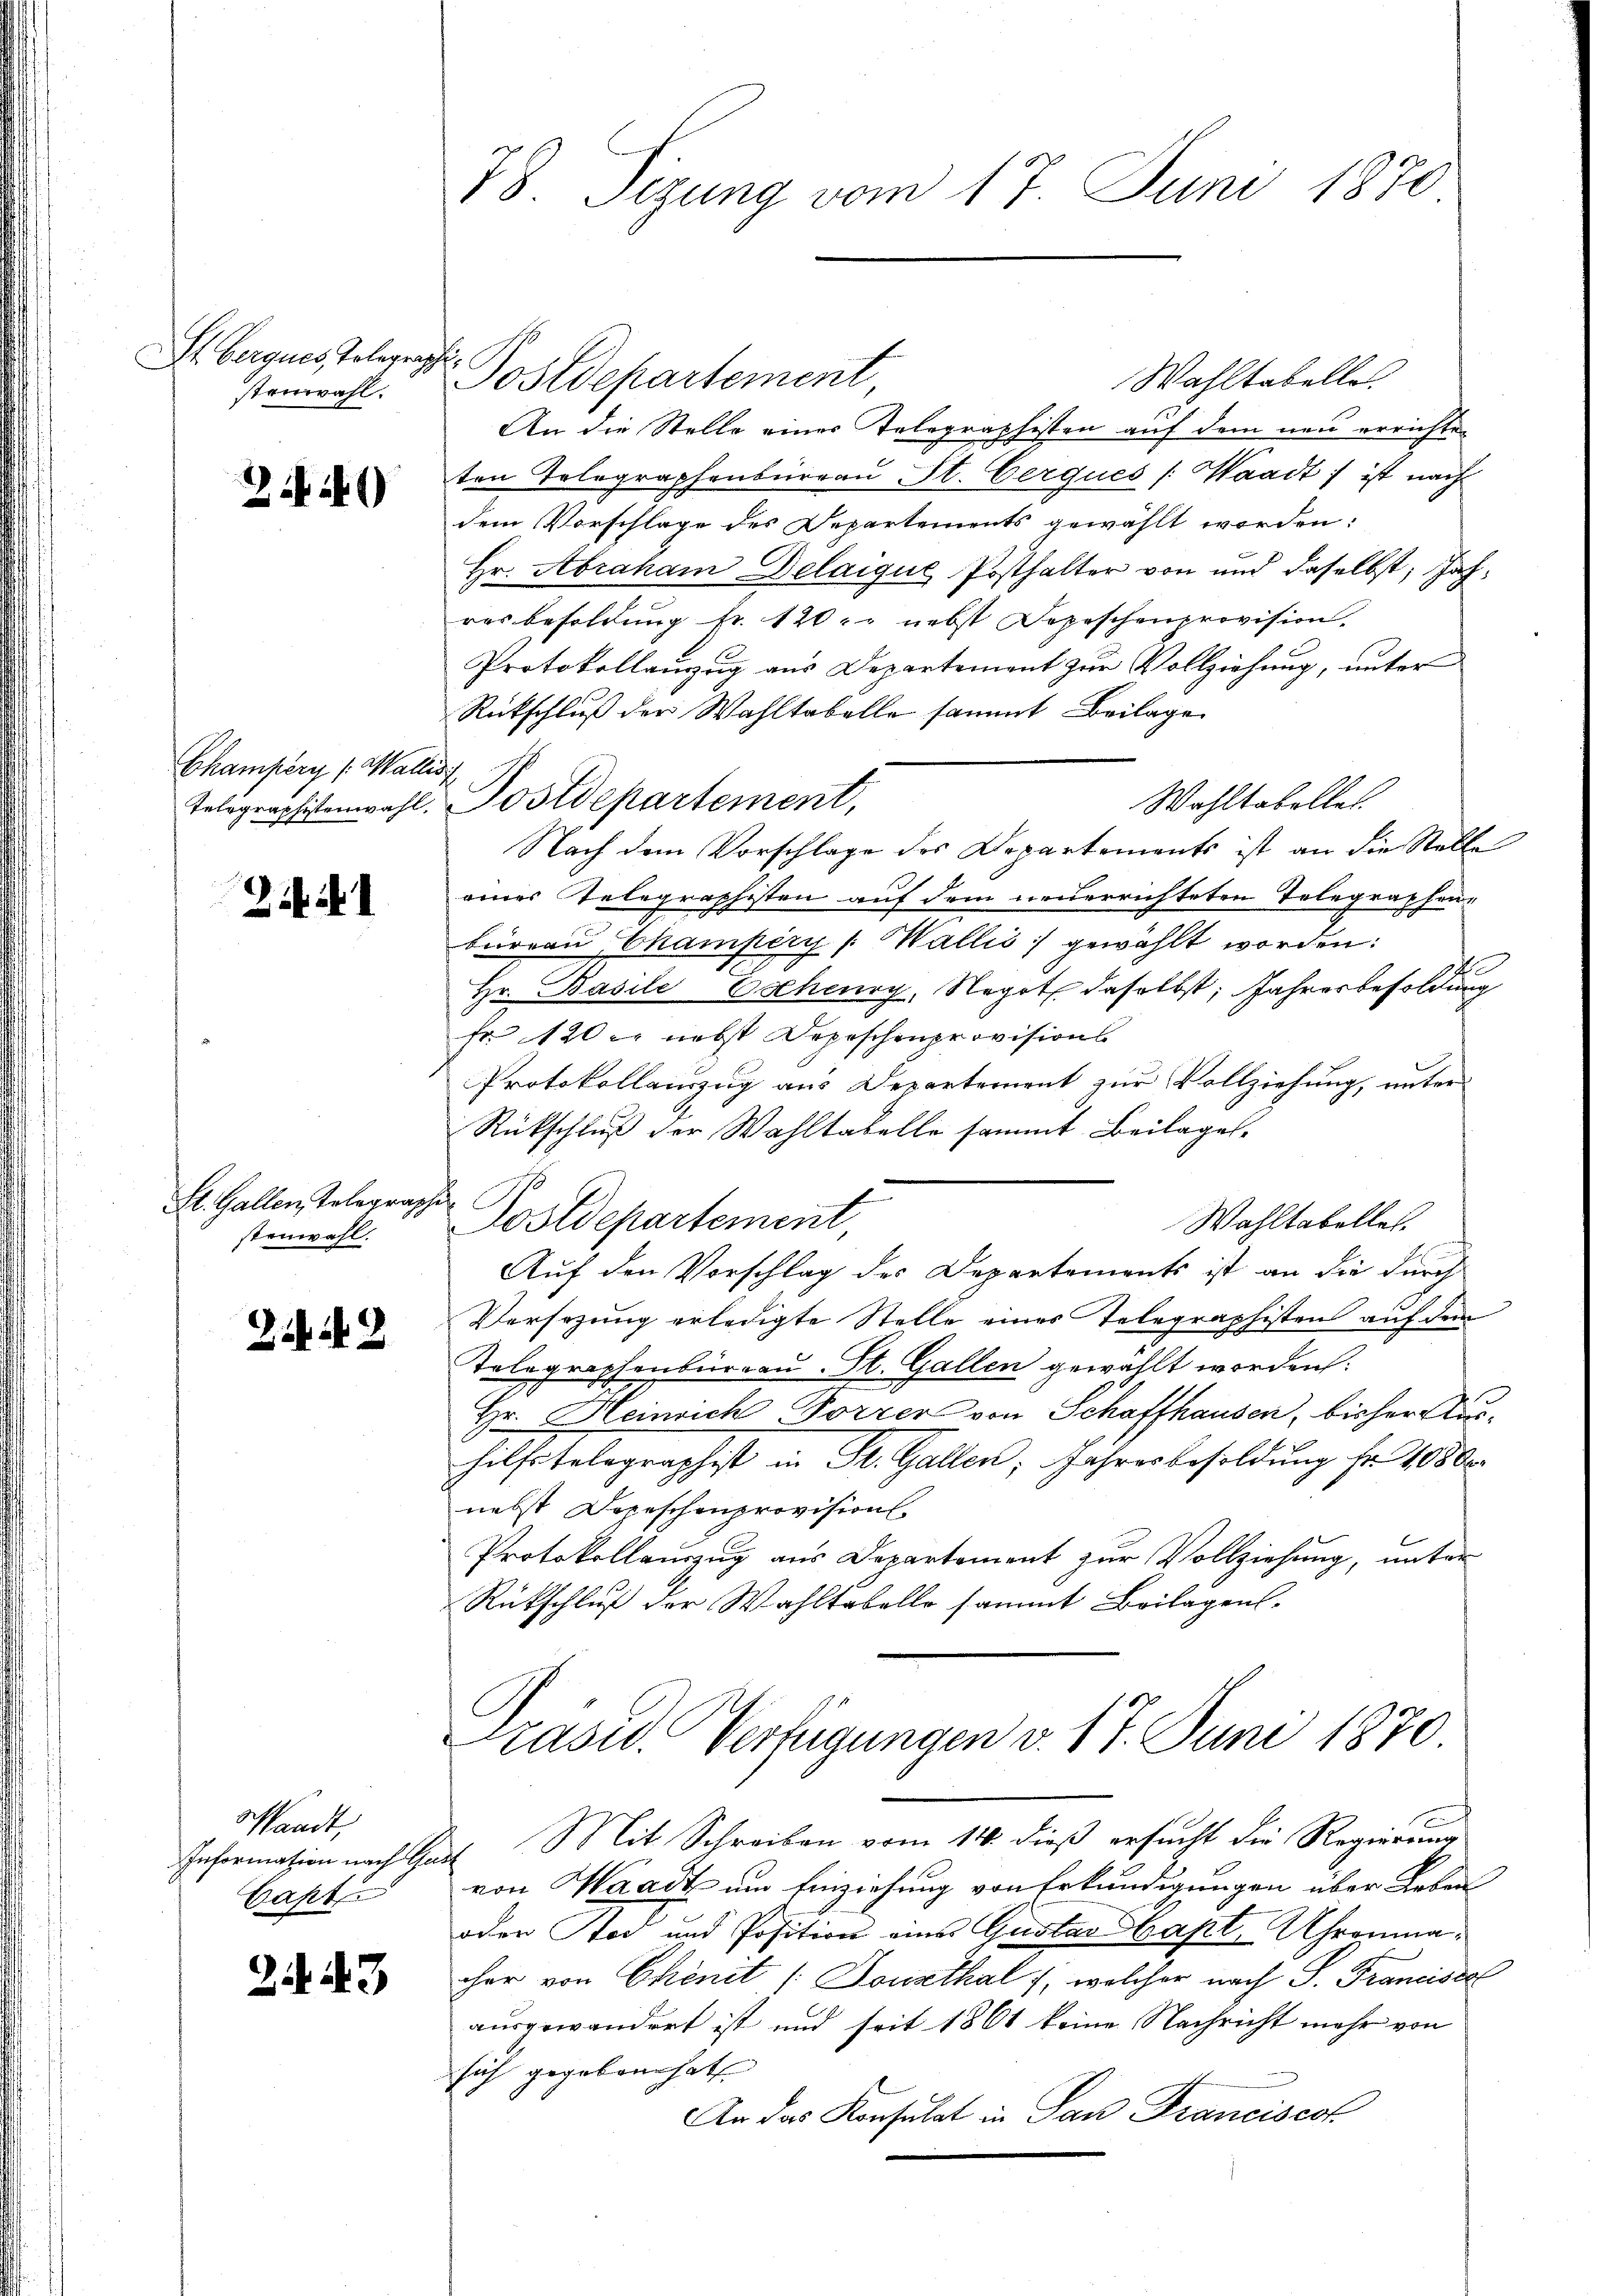
St berques, Telegraphe
stenwahl.

2 1)

Champery (Wallisi
Telegraphistenwahl.

Zif. 1

Sl. Gallen, Telegrap
stenwahl.

2.442

sandt,
Capt.

24 Al. 3

78. Sizung vom 17. Juni 1870

Wahltabelle
An die Stelle einer Telegraphisten auf dem neu errichten
ten Telegraphenbureau St. Cerques /: Waadt) ist nach
dem Vorschlage des Departements gewählt worden:
Hr. Abraham Delaigue Posthalter von und daselbst, Jahres besoldung fr. 120. nebst Depeschenprovision.
Protokollanzug aus Departement zur Vollziehung, unter
Rückschluß der Wahltabelle sammt Beilage
 Postdepartement,
Wahltabellet
Nach dem Vorschlage des Departements ist an die Stelle
eines Telegraphisten auf dem neuerrichteten Telegraphenbürean Champery /: Wallić gewählt worden:
Hr. BasileEscheury, Negot daselbst, Jahresbesoldung
fr 120 l. nebst Depeschenprovisions
Protokollauszug aus Departement zur Vollziehung, unter
Rückschluß der Wahltabelle sammt Beilages-
h
Postdepartement,
Wahltabelles.
Auf den Vorschlag des Departements ist an die durch
Versezung erledigte Stelle eines Telegraphisten auf dem
Telegraphenburgau St. Gallen gewählt worden:
Hr. Heinrich Forrer von Schaffhausen, bisher Aushilfstelegraphist in St. Gallen, Jahresbesoldung Fr. 10800
nebst Dopeschenprovision.
Protokollauszug aus Departement zur Vollziehung, unter
Rückschluß der Wahltabello sammt Beilagens-
Präsid. Verfügungen v. 17. Juni 1870
Information nach Gast Mit Schreiben vom 14. dieß ersucht die Regierung
von Waadt um Einziehung von Erkundigungen über Leben
oder Tod und Position eine Gustav Sapt, Uhrenmacher von Chönit /:Dowsthal , welcher nach S. Franciscal
ausgewandert ist und seit 1861 keine Nachricht mehr von
sich gegeben hat
An das Konsulat in San Franciscot

Postdepartement,